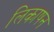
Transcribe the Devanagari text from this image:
लिकाषन